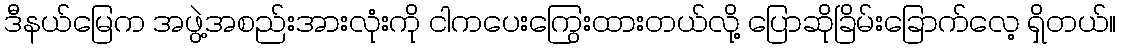
ဒီနယ်မြေက အဖွဲ့အစည်းအားလုံးကို ငါကပေးကြွေးထားတယ်လို့ ပြောဆိုခြိမ်းခြောက်လေ့ ရှိတယ်။